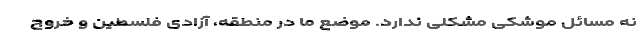
نه مسائل موشکی مشکلی ندارد. موضع ما در منطقه، آزادی فلسطین و خروج